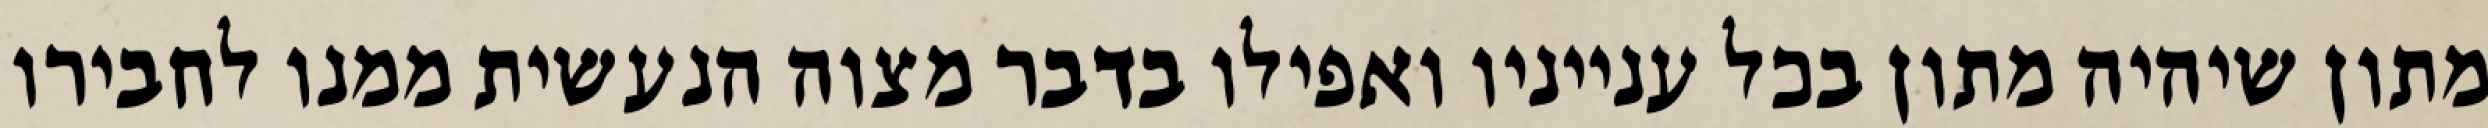
מתון שיהיה מתון בכל ענייניו ואפילו בדבר מצוה הנעשית ממנו לחבירו